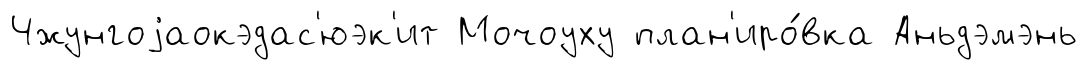
Чжунгоjаокэдас'юэк'ит Мочоуху план'иро́вка Аньдэмэнь